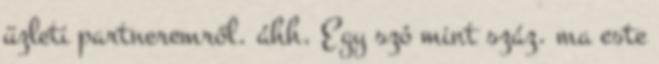
üzleti partneremről. áhh. Egy szó mint száz. ma este